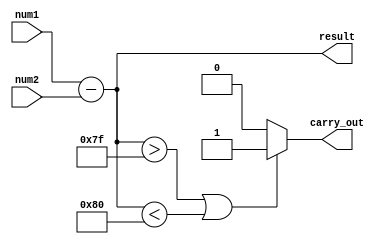
module FixedPointSubtractor (
    input signed [7:0] num1,
    input signed [7:0] num2,
    output signed [7:0] result,
    output carry_out
);

reg signed [7:0] int_num1;
reg signed [7:0] int_num2;
reg signed [7:0] int_result;
reg carry_out;

always @* begin
    int_num1 = $signed(num1);
    int_num2 = $signed(num2);
    
    int_result = int_num1 - int_num2;
    
    if (int_result > 127 || int_result < -128) begin
        carry_out = 1;
    end else begin
        carry_out = 0;
    end
end

assign result = int_result;

endmodule